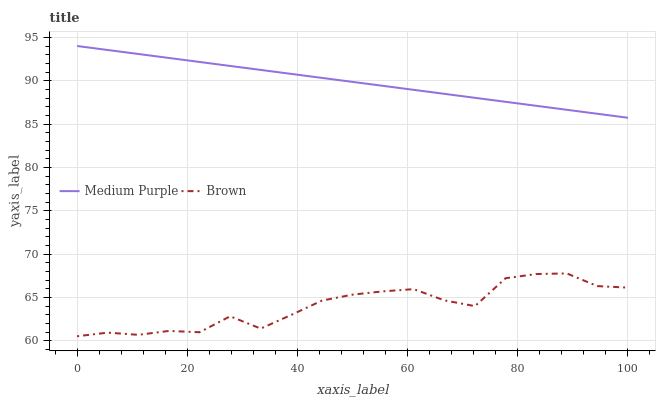
| xaxis_label | Medium Purple | Brown |
 | --- | --- | --- |
 | 0 | 94 | 60.5 |
 | 5.56 | 93.5 | 60.9 |
 | 11.1 | 93.1 | 60.7 |
 | 16.7 | 92.6 | 61.1 |
 | 22.2 | 92.2 | 61 |
 | 27.8 | 91.7 | 62.8 |
 | 33.3 | 91.2 | 61.4 |
 | 38.9 | 90.8 | 63 |
 | 44.4 | 90.3 | 64.6 |
 | 50 | 89.9 | 65.3 |
 | 55.6 | 89.4 | 65.7 |
 | 61.1 | 88.9 | 65.9 |
 | 66.7 | 88.5 | 64.7 |
 | 72.2 | 88 | 64 |
 | 77.8 | 87.6 | 67.2 |
 | 83.3 | 87.1 | 67.7 |
 | 88.9 | 86.6 | 67.8 |
 | 94.4 | 86.2 | 66.3 |
 | 100 | 85.7 | 66.1 |